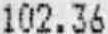
102.36